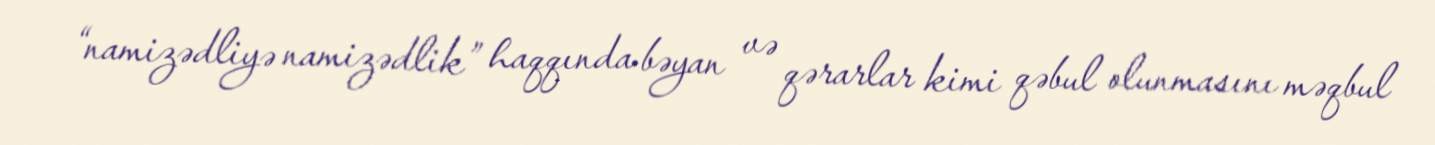
“namizədliyə namizədlik” haqqında bəyan və qərarlar kimi qəbul olunmasını məqbul